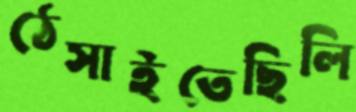
ঠেসাইতেছিলি